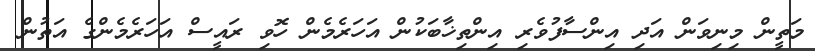
މަތީން މިނިވަން އަދި އިންސާފުވެރި އިންތިޚާބަކުން އަހަރެމެން ހޮވި ރައީސް އަހަރެމެންގެ އަތުން